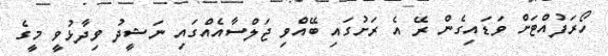
ހޯރަފުއްޓަށް ވަޑައިގެން ރޭ އެ ރަށުގައި ބޭއްވި ޖަލްސާއެއްގައި ނަޝީދު ވިދާޅުވީ މީގެ